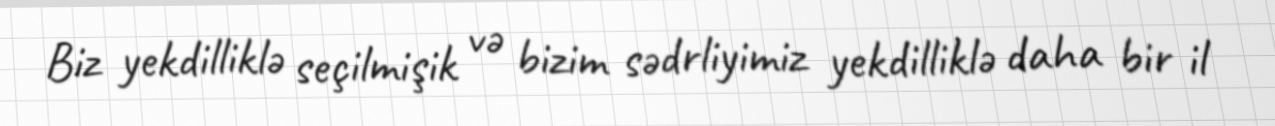
Biz yekdilliklə seçilmişik və bizim sədrliyimiz yekdilliklə daha bir il